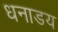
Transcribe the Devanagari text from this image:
धनाडय